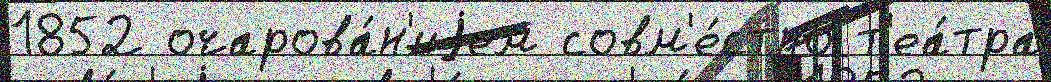
1852 очарова́н'иjем совм'е́стно т'еа́тра